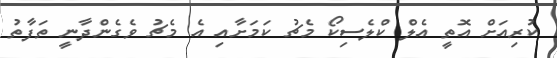
ކުރިއަށް އޮތީ އެލް ކްލެސިކޯ މެޗު ކަމަށާއި އެ މެޗު ވެގެންދާނީ ތަފާތު